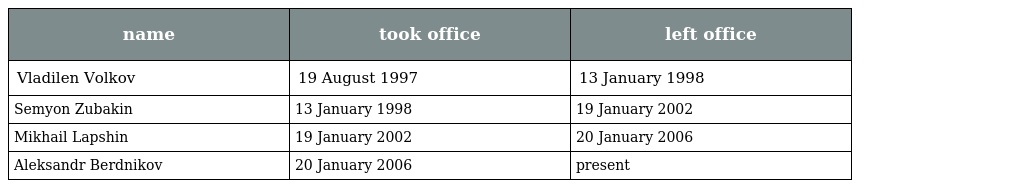
| name | took office | left office |
 | --- | --- | --- |
 | Vladilen Volkov | 19 August 1997 | 13 January 1998 |
 | Semyon Zubakin | 13 January 1998 | 19 January 2002 |
 | Mikhail Lapshin | 19 January 2002 | 20 January 2006 |
 | Aleksandr Berdnikov | 20 January 2006 | present |